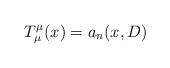
LaTeX: \begin{align*} T^\mu_\mu(x) = a_n(x, D)\end{align*}